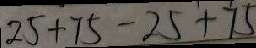
2 5 + 7 5 - 2 5 + 7 5